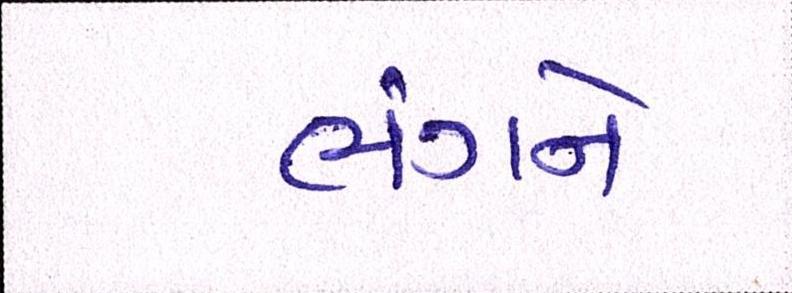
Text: ભંગને